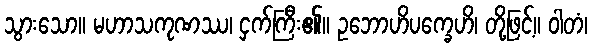
သွားသော။ မဟာသကုဏဿ၊ ငှက်ကြီး၏။ ဥဘောဟိပက္ခေဟိ၊ တို့ဖြင့်။ ဝါတံ၊